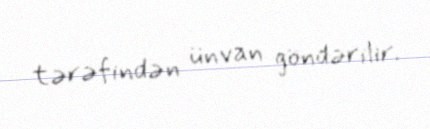
tərəfindən ünvan göndərilir.